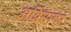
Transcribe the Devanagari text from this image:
अग्निसागर